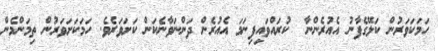
ހަމަކަވަރުން ކަލޭގެފާނު އެއުރެންނާ  ކުރައްވައިފިނަމަ އެއުރެން ދަންނަވާނެކަން ކަށަވަރެވެ. ހަމަކަށަވަރުން ތިމަންމެން